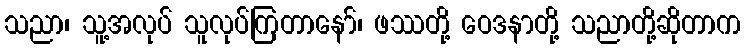
သညာ၊ သူ့အလုပ် သူလုပ်ကြတာနော်၊ ဖဿတို့ ဝေဒနာတို့ သညာတို့ဆိုတာက